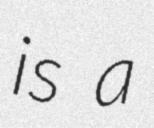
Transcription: is a